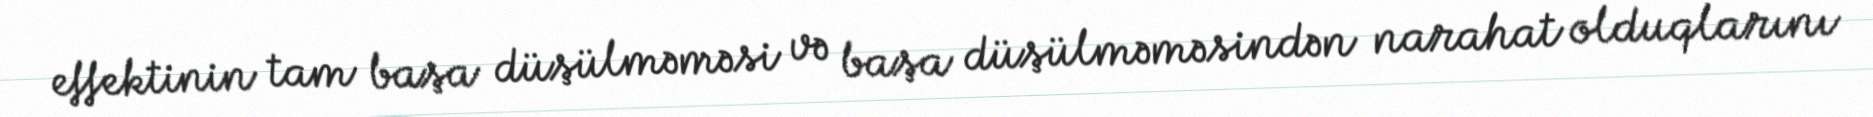
effektinin tam başa düşülməməsi və başa düşülməməsindən narahat olduqlarını